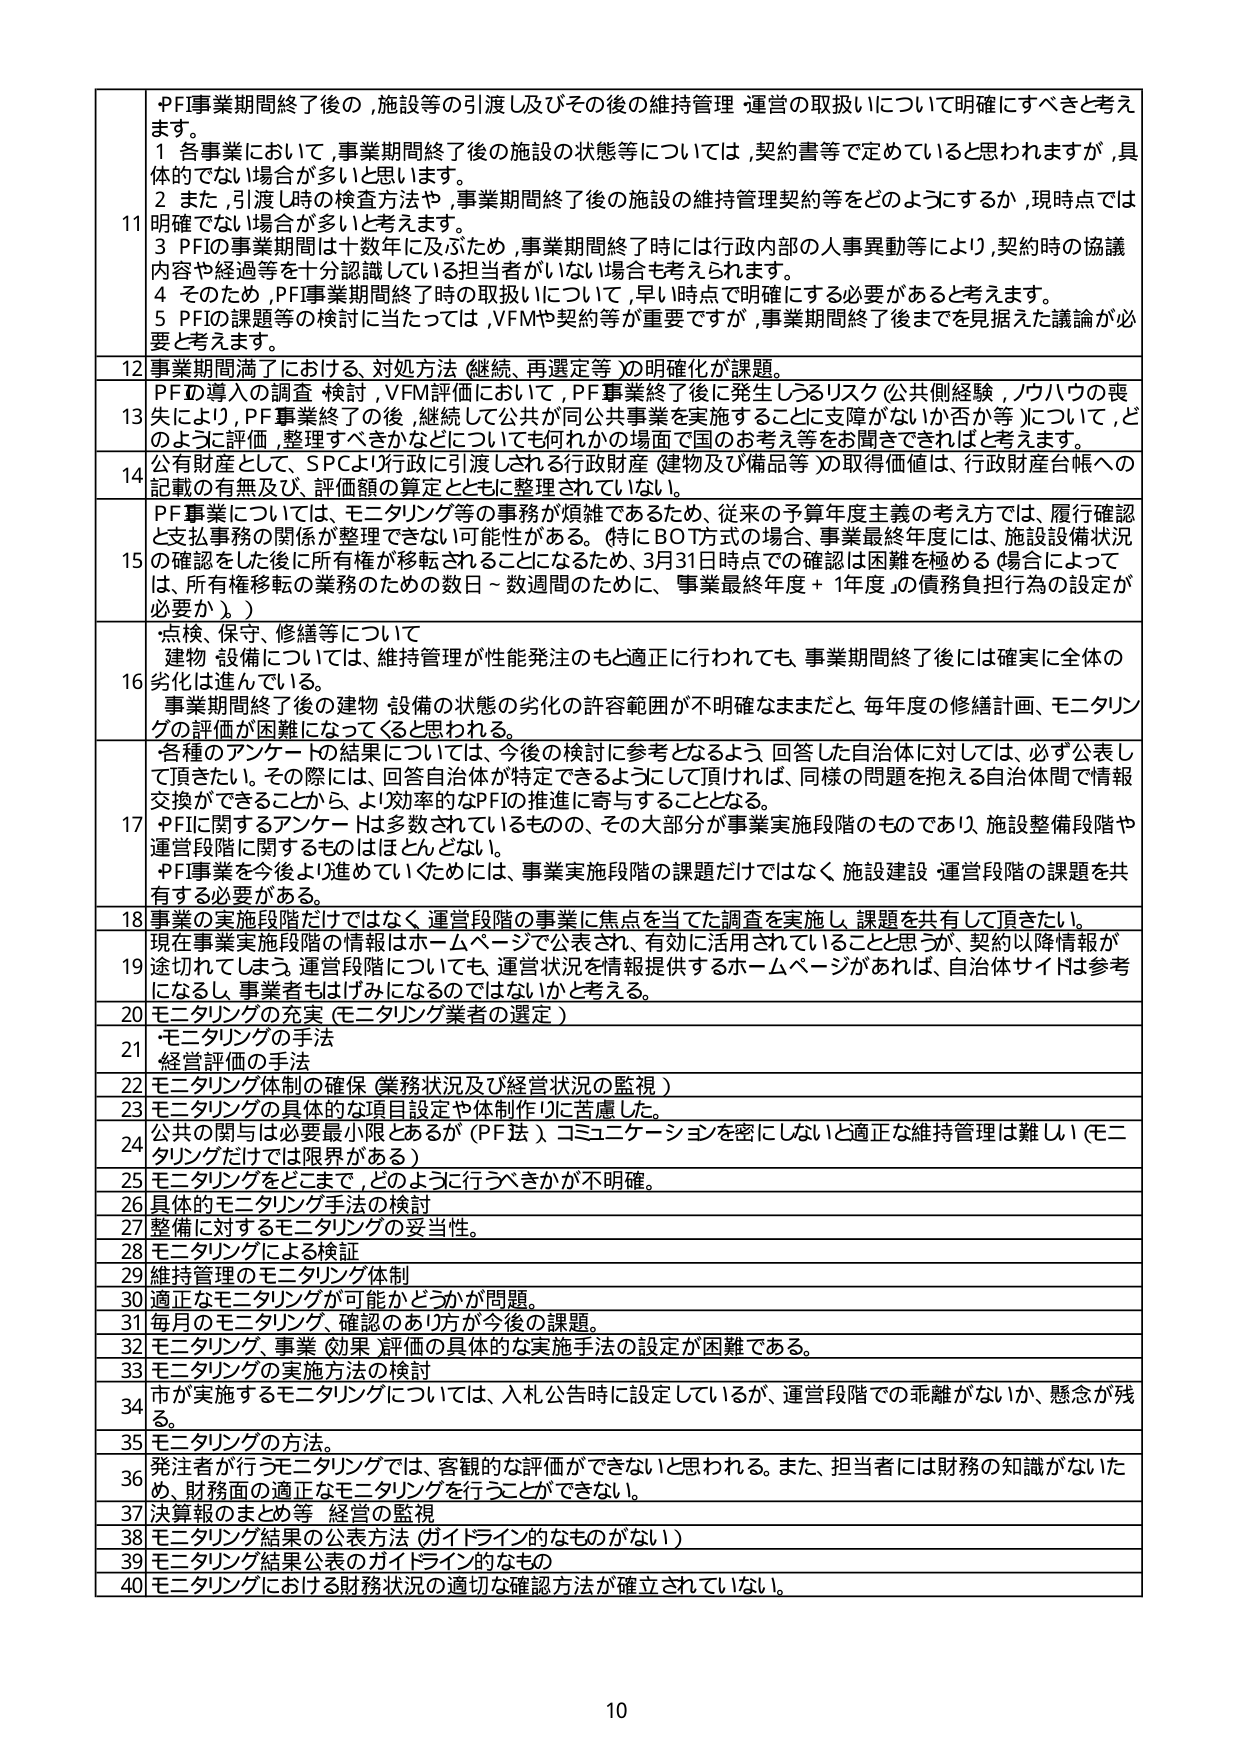
11 PF事業期間終了後の,施設等の引渡し及びその後の維持管理・運営の取扱いについて明確にすべきと考えます。
1 各事業において,事業期間終了後の施設の状態等については,契約書等で定めていると思われますが,具体的でない場合が多いと思います。
2 また,引渡し時の検査方法や,事業期間終了後の施設の維持管理契約等をどのようにするか,現時点では明確でない場合が多いと考えます。
3 PFIの事業期間は十数年に及ぶため,事業期間終了時には行政内部の人事異動等により,契約時の協議内容や経過等を十分認識している担当者がいない場合も考えられます。
4 そのため,PFI事業期間終了時の取扱いについて,早い時点で明確にする必要があると考えます。
5 PFIの課題等の検討に当たっては,VFMや契約等が重要ですが,事業期間終了後までを見据えた議論が必要と考えます。

12 事業期間満了における、対処方法（継続、再選定等）の明確化が課題。

13 PFの導入の調査・検討,VFM評価において,PF事業終了後に発生しうるリスク（公共側経験,ノウハウの喪失により,PF事業終了の後,継続して公共が同公共事業を実施することに支障がないか否か等）について,どのように評価・整理すべきかなどについても何れかの場面で国のお考え等をお聞きできればと考えます。

14 公有財産として、SPCより行政に引渡しされる行政財産（建物及び備品等）の取得価値は、行政財産台帳への記載の有無及び、評価額の算定とともに整理されていない。

15 PF事業については、モニタリング等の事務が煩雑であるため、従来の予算年度主義の考え方では、履行確認と支払事務の関係が整理できない可能性がある。（特にBOT方式の場合、事業最終年度には、施設設備状況の確認をした後に所有権が移転されることになるため、3月31日時点での確認は困難を極める（場合によっては、所有権移転の業務のための数日～数週間のために、事業最終年度＋1年度」の債務負担行為の設定が必要か。））

16 点検、保守、修繕等について
建物・設備については、維持管理が性能発注のもと適正に行われても、事業期間終了後には確実に全体の劣化は進んでいる。
事業期間終了後の建物・設備の状態の劣化の許容範囲が不明確なままだと、毎年度の修繕計画、モニタリングの評価が困難になってくると思われる。

17 各種のアンケートの結果については、今後の検討に参考となるよう、回答した自治体に対しては、必ず公表して頂きたい。その際には、回答自治体が特定できるようにして頂ければ、同様の問題を抱える自治体間で情報交換ができることから、より効率的なPFIの推進に寄与することとなる。
PFIに関するアンケートは多数されているもので、その大部分が事業実施段階のものであり、施設整備段階や運営段階に関するものはほとんどない。
PF事業を今後より進めていくためには、事業実施段階の課題だけではなく、施設建設・運営段階の課題を共有する必要がある。

18 事業の実施段階だけではなく、運営段階の事業に焦点を当てた調査を実施し、課題を共有して頂きたい。

19 現在事業実施段階の情報はホームページで公表され、有効に活用されていることと思うが、契約以降情報が途切れてしまう。運営段階についても、運営状況を情報提供するホームページがあれば、自治体サイトは参考になるし、事業者もばみになるのではないかと考える。

20 モニタリングの充実（モニタリング業者の選定）

21 モニタリングの手法
経営評価の手法

22 モニタリング体制の確保（業務状況及び経営状況の監視）

23 モニタリングの具体的な項目設定や体制作りに苦慮した。

24 公共の関与は必要最小限とあるが（PF法）、コミュニケーションを密にしないと適正な維持管理は難しい（モニタリングだけでは限界がある）

25 モニタリングをどこまで、どのように行うべきかが不明確。

26 具体的モニタリング手法の検討

27 整備に対するモニタリングの妥当性。

28 モニタリングによる検証

29 維持管理のモニタリング体制

30 適正なモニタリングが可能かどうかが問題。

31 毎月のモニタリング、確認のあり方が今後の課題。

32 モニタリング、事業（効果）評価の具体的な実施手法の設定が困難である。

33 モニタリングの実施方法の検討

34 市が実施するモニタリングについては、入札公告時に設定しているが、運営段階での乖離がないか、懸念が残る。

35 モニタリングの方法。

36 発注者が行うモニタリングでは、客観的な評価ができないと思われる。また、担当者には財務の知識がないため、財務面の適正なモニタリングを行うことができない。

37 決算報のまとめ等 経営の監視

38 モニタリング結果の公表方法（ガイドライン的なものがいない）

39 モニタリング結果公表のガイドライン的なもの

40 モニタリングにおける財務状況の適切な確認方法が確立されていない。

10